Plague in India, 1896, 1897 - Volume 1
Year: 1896
Disease focus: Plague
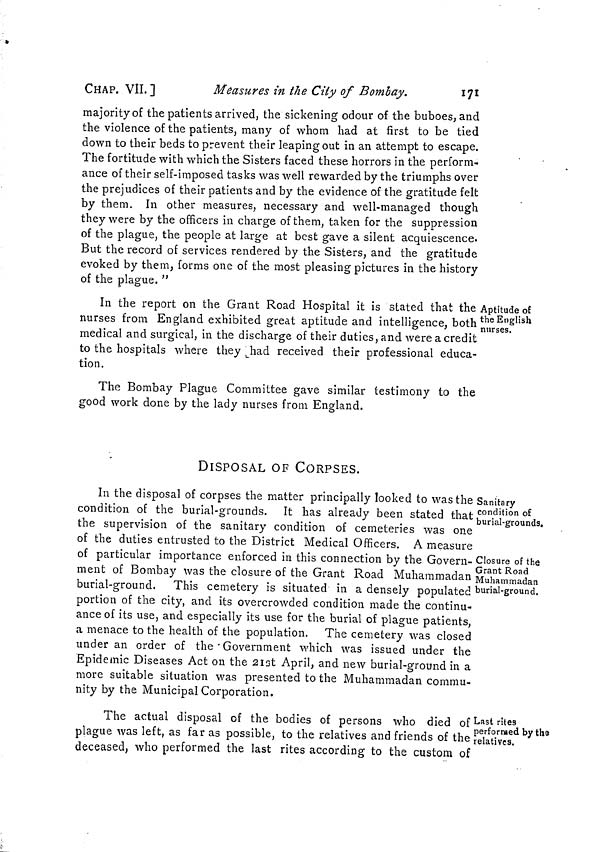
CHAP. VII. ]
Measures in the City of Bombay.
171
majority of the patients arrived, the sickening odour of the buboes, and
the violence of the patients, many of whom had at first to be tied
down to their beds to prevent their leaping out in an attempt to escape.
The fortitude with which the Sisters faced these horrors in the perform-
ance of their self-imposed tasks was well rewarded by the triumphs over
the prejudices of their patients and by the evidence of the gratitude felt
by them. In other measures, necessary and well-managed though
they were by the officers in charge of them, taken for the suppression
of the plague, the people at large at best gave a silent acquiescence.
But the record of services rendered by the Sisters, and the gratitude
evoked by them, forms one of the most pleasing pictures in the history
of the plague. "
Aptitude of
the English
nurses.
In the report on the Grant Road Hospital it is stated that the
nurses from England exhibited great aptitude and intelligence, both
medical and surgical, in the discharge of their duties, and were a credit
to the hospitals where they had received their professional educa-
tion.
The Bombay Plague Committee gave similar testimony to the
good work done by the lady nurses from England.
Sanitary
condition of
burial-grounds.
Closure of the
Grant Road
Muhammadan
burial-ground.
DISPOSAL OF CORPSES.
In the disposal of corpses the matter principally looked to was the
condition of the burial-grounds. It has already been stated that
the supervision of the sanitary condition of cemeteries was one
of the duties entrusted to the District Medical Officers. A measure
of particular importance enforced in this connection by the Govern-
ment of Bombay was the closure of the Grant Road Muhammadan
burial-ground. This cemetery is situated in a densely populated
portion of the city, and its overcrowded condition made the continu-
ance of its use, and especially its use for the burial of plague patients,
a menace to the health of the population. The cemetery was closed
under an order of the Government which was issued under the
Epidemic Diseases Act on the 21st April, and new burial-ground in a
more suitable situation was presented to the Muhammadan commu-
nity by the Municipal Corporation.
Last rites
performed by the
relatives.
The actual disposal of the bodies of persons who died of
plague was left, as far as possible, to the relatives and friends of the
deceased, who performed the last rites according to the custom of